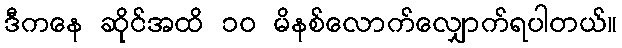
ဒီကနေ ဆိုင်အထိ ၁၀ မိနစ်လောက်လျှောက်ရပါတယ်။